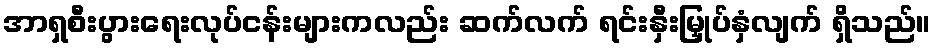
အာရှစီးပွားရေးလုပ်ငန်းများကလည်း ဆက်လက် ရင်းနှီးမြှုပ်နှံလျက် ရှိသည်။